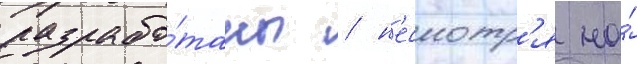
разрабо́таны / н'есмотр'я на́